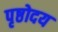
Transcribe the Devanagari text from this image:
पृष्ठोदय